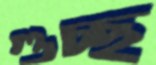
গুচ্ছ